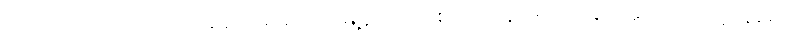
၁၀,၀၀၀ ကျပ်လည်း ပေးဆောင်ရမယ်လို့ မြို့နယ် ကိုဗစ်၁၉ ထိန်းချုပ်ရေးနှင့် အရေးပေါ်တုံ့ပြန်ရေး